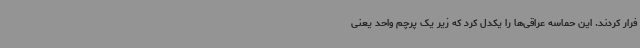
فرار کردند. این حماسه عراقی‌ها را یکدل کرد که زیر یک پرچم واحد یعنی